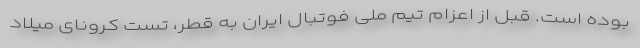
بوده است. قبل از اعزام تیم ملی فوتبال ایران به قطر، تست کرونای میلاد